Vaccination in Bombay 1902-1912 - 1902-1912
Year: 1902
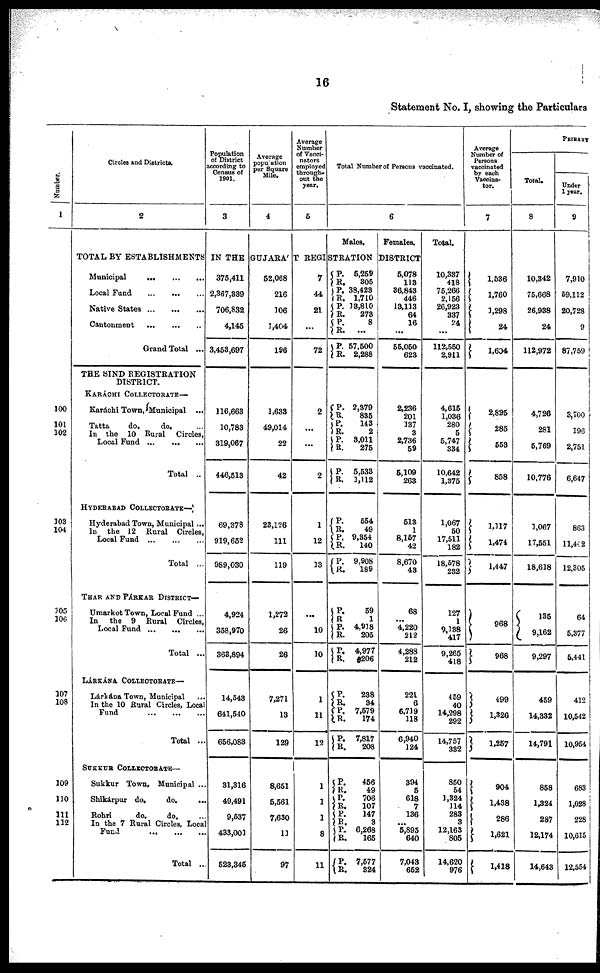
16
Statement No. I, showing the Particulars
Number.
1
100
101
102
103
104
105
106
107
108
109
110
111
112
Circles and Districts.
2
Population
of District
according to
Census of
1901.
3
Average
popuation
per Square
Mile.
4
Average
Number
of Vacci¬
nators
employed
through-
out the
year.
5
Total Number of Persons vaccinated.
6
Males.
Females.
TOTAL BY ESTABLISHMENTS IN THE GUJARÁT REGISTRATION DISTRICT
Municipal
...
...
...
Local Fund
...
...
...
Native States
...
...
...
Cantonment
...
...
...
Grand Total ...
THE SIND REGISTRATION
DISTRICT.
KARÁCHI COLLECTORATE—
Karáchi Town, Municipal ...
Tatta
do.
do. ...
In the 10 Rural Circles,
Local Fund ... ... ...
Total ...
HYDERABAD COLLECTORATE—
Hyderabad Town, Municipal ...
In the 12 Rural Circles,
Local Fund ... ... ...
Total ...
THAR AND PÁRKAR DISTRICT—
Umarkot Town, Local Fund ...
In the 9 Rural Circles,
Local Fund ... ... ...
Total ...
LÁRKÁNA COLLECTORATE—
Lárkána Town, Municipal ...
In the 10 Rural Circles, Local
Fund ... ... ...
Total ...
SUKKUR COLLECTORATE—
Sukkur Town, Municipal ...
Shikárpur do.
do.
...
Rohri
do.
do. ...
In the 7 Rural Circles, Local
Fund ... ... ...
Total ..
375,411
2,367,339
706,832
4,145
3,453,697
116,663
10,783
319,067
446,513
69,378
919,652
4,924
358,970
363,894
14,543
641,540
656,083
31,316
49,491
9,537
433,001
523,345
52,068
216
106
1,404
196
1,633
49,014
22
42
23,126
111
1,272
26
26
7,271
13
129
8,651
5,561
7,630
11
97
7
44
21
...
72
2
...
...
2
1
12
...
10
10
1
11
12
1
1
1
8
11
P.
R.
P.
R.
P.
R.
P.
R.
P.
R.
P.
R.
P.
R.
P.
R.
P.
R.
P.
R.
P.
R.
P.
R.
P.
R.
P.
R.
P.
R.
P.
R.
P.
R.
P.
R.
P.
R.
P.
R.
P. R.
P.
R.
P.
R.
5,259
305
38,423
1,710
13,810
273
8
...
57,500
2,288
2,379
835
143
2
3,011
275
5,533
1,112
554
49
9,354
140
9,908
189
59
1
4,918
205
4,977
206
238
34
7,579
174
7,817
208
456
49
706
107
147
0
6,268
165
7,577
324
5,078
113
36,843
446
13,113
64
16
...
55,050
623
2,236
201
137
3
2,736
59
5,109
263
513
1
8,157
42
8,670
43
68
...
4,220
212
4,288
212
221
6
6,719
118
6,940
124
394
5
618
7
136
... 5,895
640
7,043
652
Total.
10,337
418
75,266
2,156
26,923
337
24
...
112,550
2,911
4,615
1,036
280
5
5,747
334
10,642
1,375
1,067
50
17,511
182
18,578
232
127
1
9,138
417
9,265
418
459
40
14,298
292
14,757
332
850
54
1,324
114
283
3
12,163
805
14,620
976
Average
Number of
Persons
vaccinated
by each
Vaccina¬
tor.
7
1,536
1,760
1,298
24
1,604
2,825
285
553
858
1,117
1,474
1,447
968
968
499
1,326
1,257
904
1,438
286
1,621
1,418
PRIMARY
Total.
8
10,342
75,668
26,938
24
112,972
4,726
281
5,769
10,776
1,067
17,551
18,618
135
9,162
9,297
459
14,332
14,791
858
1,324
287
12,174
14,643
Under
1 year.
9
7,910
59,112
20,728
9
87,759
3,700
196
2,751
6,647
863
11,442
12,305
64
5,377
5,441
412
10,542
10,954
683
1,028
228
10,615
12,554